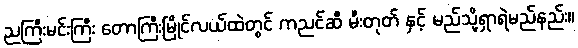
ညကြီးမင်းကြီး တောကြီးမြိုင်လယ်ထဲတွင် ကညင်ဆီ မီးတုတ် နှင့် မည်သို့ရှာရဲမည်နည်း။